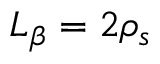
L _ { \beta } = 2 \rho _ { s }